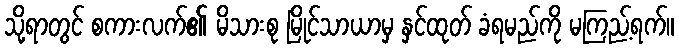
သို့ရာတွင် စကားလက်၏ မိသားစု မြိုင်သာယာမှ နှင်ထုတ် ခံရမည်ကို မကြည့်ရက်။